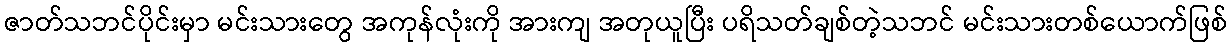
ဇာတ်သဘင်ပိုင်းမှာ မင်းသားတွေ အကုန်လုံးကို အားကျ အတုယူပြီး ပရိသတ်ချစ်တဲ့သဘင် မင်းသားတစ်ယောက်ဖြစ်